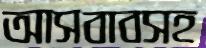
আসবাবসহ